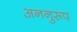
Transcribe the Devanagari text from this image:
अननुरूप